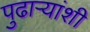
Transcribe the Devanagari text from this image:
पुढाऱ्यांशी